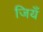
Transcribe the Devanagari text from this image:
जियँ